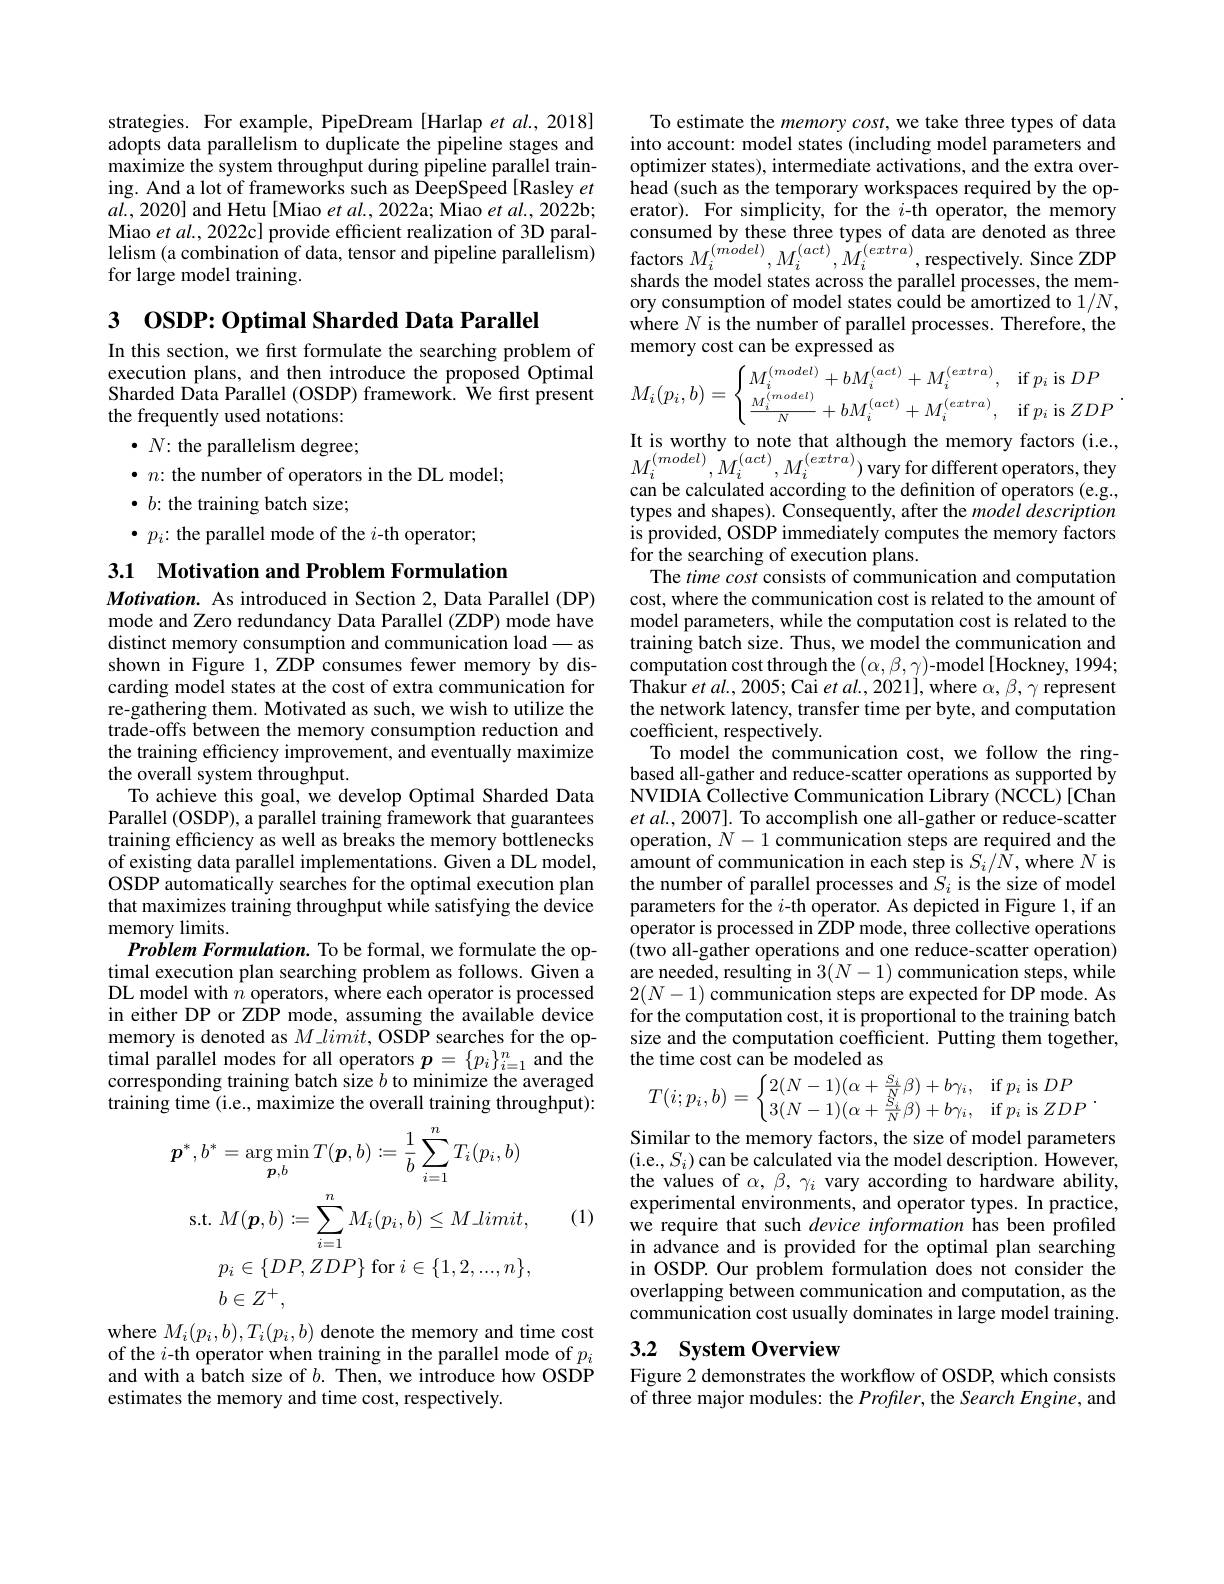
strategies. For example, PipeDream [Harlap et al., 2018] adopts data parallelism to duplicate the pipeline stages and maximize the system throughput during pipeline parallel training. And a lot of frameworks such as DeepSpeed [Rasley $et$ $al.,2020]$ and Hetu [Miao et al., 2022a; Miao et al., 2022b; Miao et al., 2022c] provide efficient realization of 3D parallelism (a combination of data, tensor and pipeline parallelism) for large model training.

3 0SDP: Optimal Sharded Data Parallel

In this section, we first formulate the searching problem of execution plans, and then introduce the proposed Optimal Sharded Data Parallel (OSDP) framework. We first present the frequently used notations:

$\bullet$ $N{: }$ the parallelism degree;
$\bullet n{:}$ the number of operators in the DL model;
$\bullet$ b: the training batch size;
$\bullet p_i{:}$ the parallel mode of the $i$-th operator;

3.1 Motivation and Problem Formulation

Motivation. As introduced in Section 2, Data Parallel (DP) mode and Zero redundancy Data Parallel (ZDP) mode have distinct memory consumption and communication load-as shown in Figure 1, ZDP consumes fewer memory by discarding model states at the cost of extra communication for re-gathering them. Motivated as such, we wish to utilize the trade-offs between the memory consumption reduction and the training efficiency improvement, and eventually maximize the overall system throughput.
To achieve this goal, we develop Optimal Sharded Data Parallel (OSDP), a parallel training framework that guarantees training efficiency as well as breaks the memory bottlenecks of existing data parallel implementations. Given a DL model, OSDP automatically searches for the optimal execution plan that maximizes training throughput while satisfying the device memory limits.
Problem Formulation. To be formal, we formulate the optimal execution plan searching problem as follows. Given a DL model with $\hat{n}$ operators, where each operator is processed in either DP or ZDP mode, assuming the available device memory is denoted as $M\textit{limit, OSDP searches for the op- }$ timal parallel modes for all operators $p=\{p_{i}\}_{i=1}^{n}$ and the corresponding training batch size $b$ to minimize the averaged training time (i.e., maximize the overall training throughput):
$$\begin{aligned}\boldsymbol{p}^{*},b^{*}&=\arg\min_{\boldsymbol{p},b}T(\boldsymbol{p},b):=\frac{1}{b}\sum_{i=1}^{n}T_{i}(p_{i},b)\\\mathrm{s.t.}&M(\boldsymbol{p},b):=\sum_{i=1}^{n}M_{i}(p_{i},b)\leq M_limit,\\&p_{i}\in\{DP,ZDP\}\mathrm{~for~}i\in\{1,2,...,n\},\\&b\in Z^{+},\end{aligned}$$
(1)

where $M_{i}(p_{i},b),T_{i}(p_{i},b)$ denote the memory and time cost of the $i$-th operator when training in the parallel mode of $p_i$ and with a batch size of $b.$ Then, we introduce how OSDP estimates the memory and time cost, respectively.

To estimate the memory cost, we take three types of data into account: model states (including model parameters and optimizer states), intermediate activations, and the extra overhead (such as the temporary workspaces required by the operator). For simplicity, for the $i$-th operator, the memory consumed by these three types of data are denoted as three factors $M_{i}^{(model)},M_{i}^{(act)},M_{i}^{(extra)}$, respectively. Since ZDP shards the model states across the parallel processes, the memory consumption of model states could be amortized to $1/N$, where $N$ is the number of parallel processes. Therefore, the memory cost can be expressed as
$$M_{i}(p_{i},b)=\begin{cases}M_{i}^{(model)}+bM_{i}^{(act)}+M_{i}^{(extra)},&\text{if}p_{i}\text{is}DP\\\frac{M_{i}^{(model)}}{N}+bM_{i}^{(act)}+M_{i}^{(extra)},&\text{if}p_{i}\text{is}ZDP\end{cases}.$$
It is worthy to note that although the memory factors (i.e., $M_{i}^{(model)},M_{i}^{(act)},M_{i}^{(extra)})$vary for different operators,they can be calculated according to the definition of operators (e.g., types and shapes). Consequently, after the model description is provided, OSDP immediately computes the memory factors for the searching of execution plans.
The time cost consists of communication and computation cost, where the communication cost is related to the amount of model parameters, while the computation cost is related to the training batch size. Thus, we model the communication and computation cost through the $(\alpha,\beta,\gamma)$-model [Hockney, 1994; ${\text{Thakur et al., 2005; Cai }et~al.,~2021],~\mathrm{where~}\alpha,~\beta,~\gamma~\mathrm{represent}}$ the network latency, transfer time per byte, and computation coefficient, respectively.
To model the communication cost, we follow the ringbased all-gather and reduce-scatter operations as supported by NVIDIA Collective Communication Library (NCCL)[Chan et al., 2007]. To accomplish one all-gather or reduce-scatter operation, $N-1$ communication steps are required and the $\hat{\text{amount of communication in each step is }S_{i}/\hat{N}}$,where $N$ is the number of parallel processes and $\tilde{S}_i$ is the size of model parameters for the $i$-th operator. As depicted in Figure 1, if an operator is processed in $\hat{\text{ZDP mode, three collective operations}}$ (two all-gather operations and one reduce-scatter operation) are needed, resulting in $3(N-1)$ communication steps, while $2(N-1)$ communication steps are expected for DP mode. As for the computation cost, it is proportional to the training batch size and the computation coefficient. Putting them together, the time cost can be modeled as
$$T(i;p_i,b)=\begin{cases}2(N-1)(\alpha+\frac{S_i}{N}\beta)+b\gamma_i,&\text{if}p_i\text{is}DP\\3(N-1)(\alpha+\frac{S_i}{N}\beta)+b\gamma_i,&\text{if}p_i\text{is}ZDP\end{cases}.$$
Similar to the memory factors, the size of model parameters (i.e.$,S_i)$can be calculated via the model description. However,

the values of $\alpha,\beta,\gamma_i$ vary according to hardware ability, experimental environments, and operator types. In practice, we require that such device information has been profiled in advance and is provided for the optimal plan searching in OSDP. Our problem formulation does not consider the overlapping between communication and computation, as the communication cost usually dominates in large model training

## 3.2 System Overview

Figure 2 demonstrates the workflow of OSDP, which consists of three major modules: the Profler, the Search Engine, and